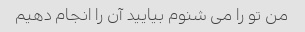
من تو را می شنوم بیایید آن را انجام دهیم